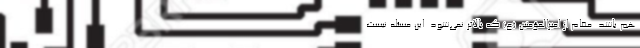
هم باشد. مقام از امیرالمؤمنین (ع) که بالاتر نمی‌شود. این مسئله نیست